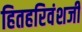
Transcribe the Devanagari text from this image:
हितहरिवंशजी